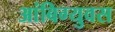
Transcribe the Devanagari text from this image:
आंबिग्युवस